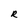
Character: R